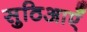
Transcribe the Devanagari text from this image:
सुठिआएँ